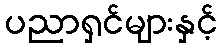
ပညာရှင်များနှင့်